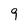
Character: 9